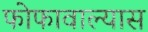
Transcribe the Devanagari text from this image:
फोफावाल्यास